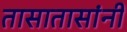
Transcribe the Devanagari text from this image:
तासातासांनी